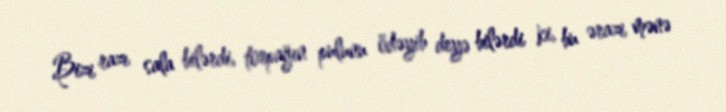
Bizi razı sala bilərdi, torpağın pulunu ödəyib deyə bilərdi ki, bu ərazi mənə